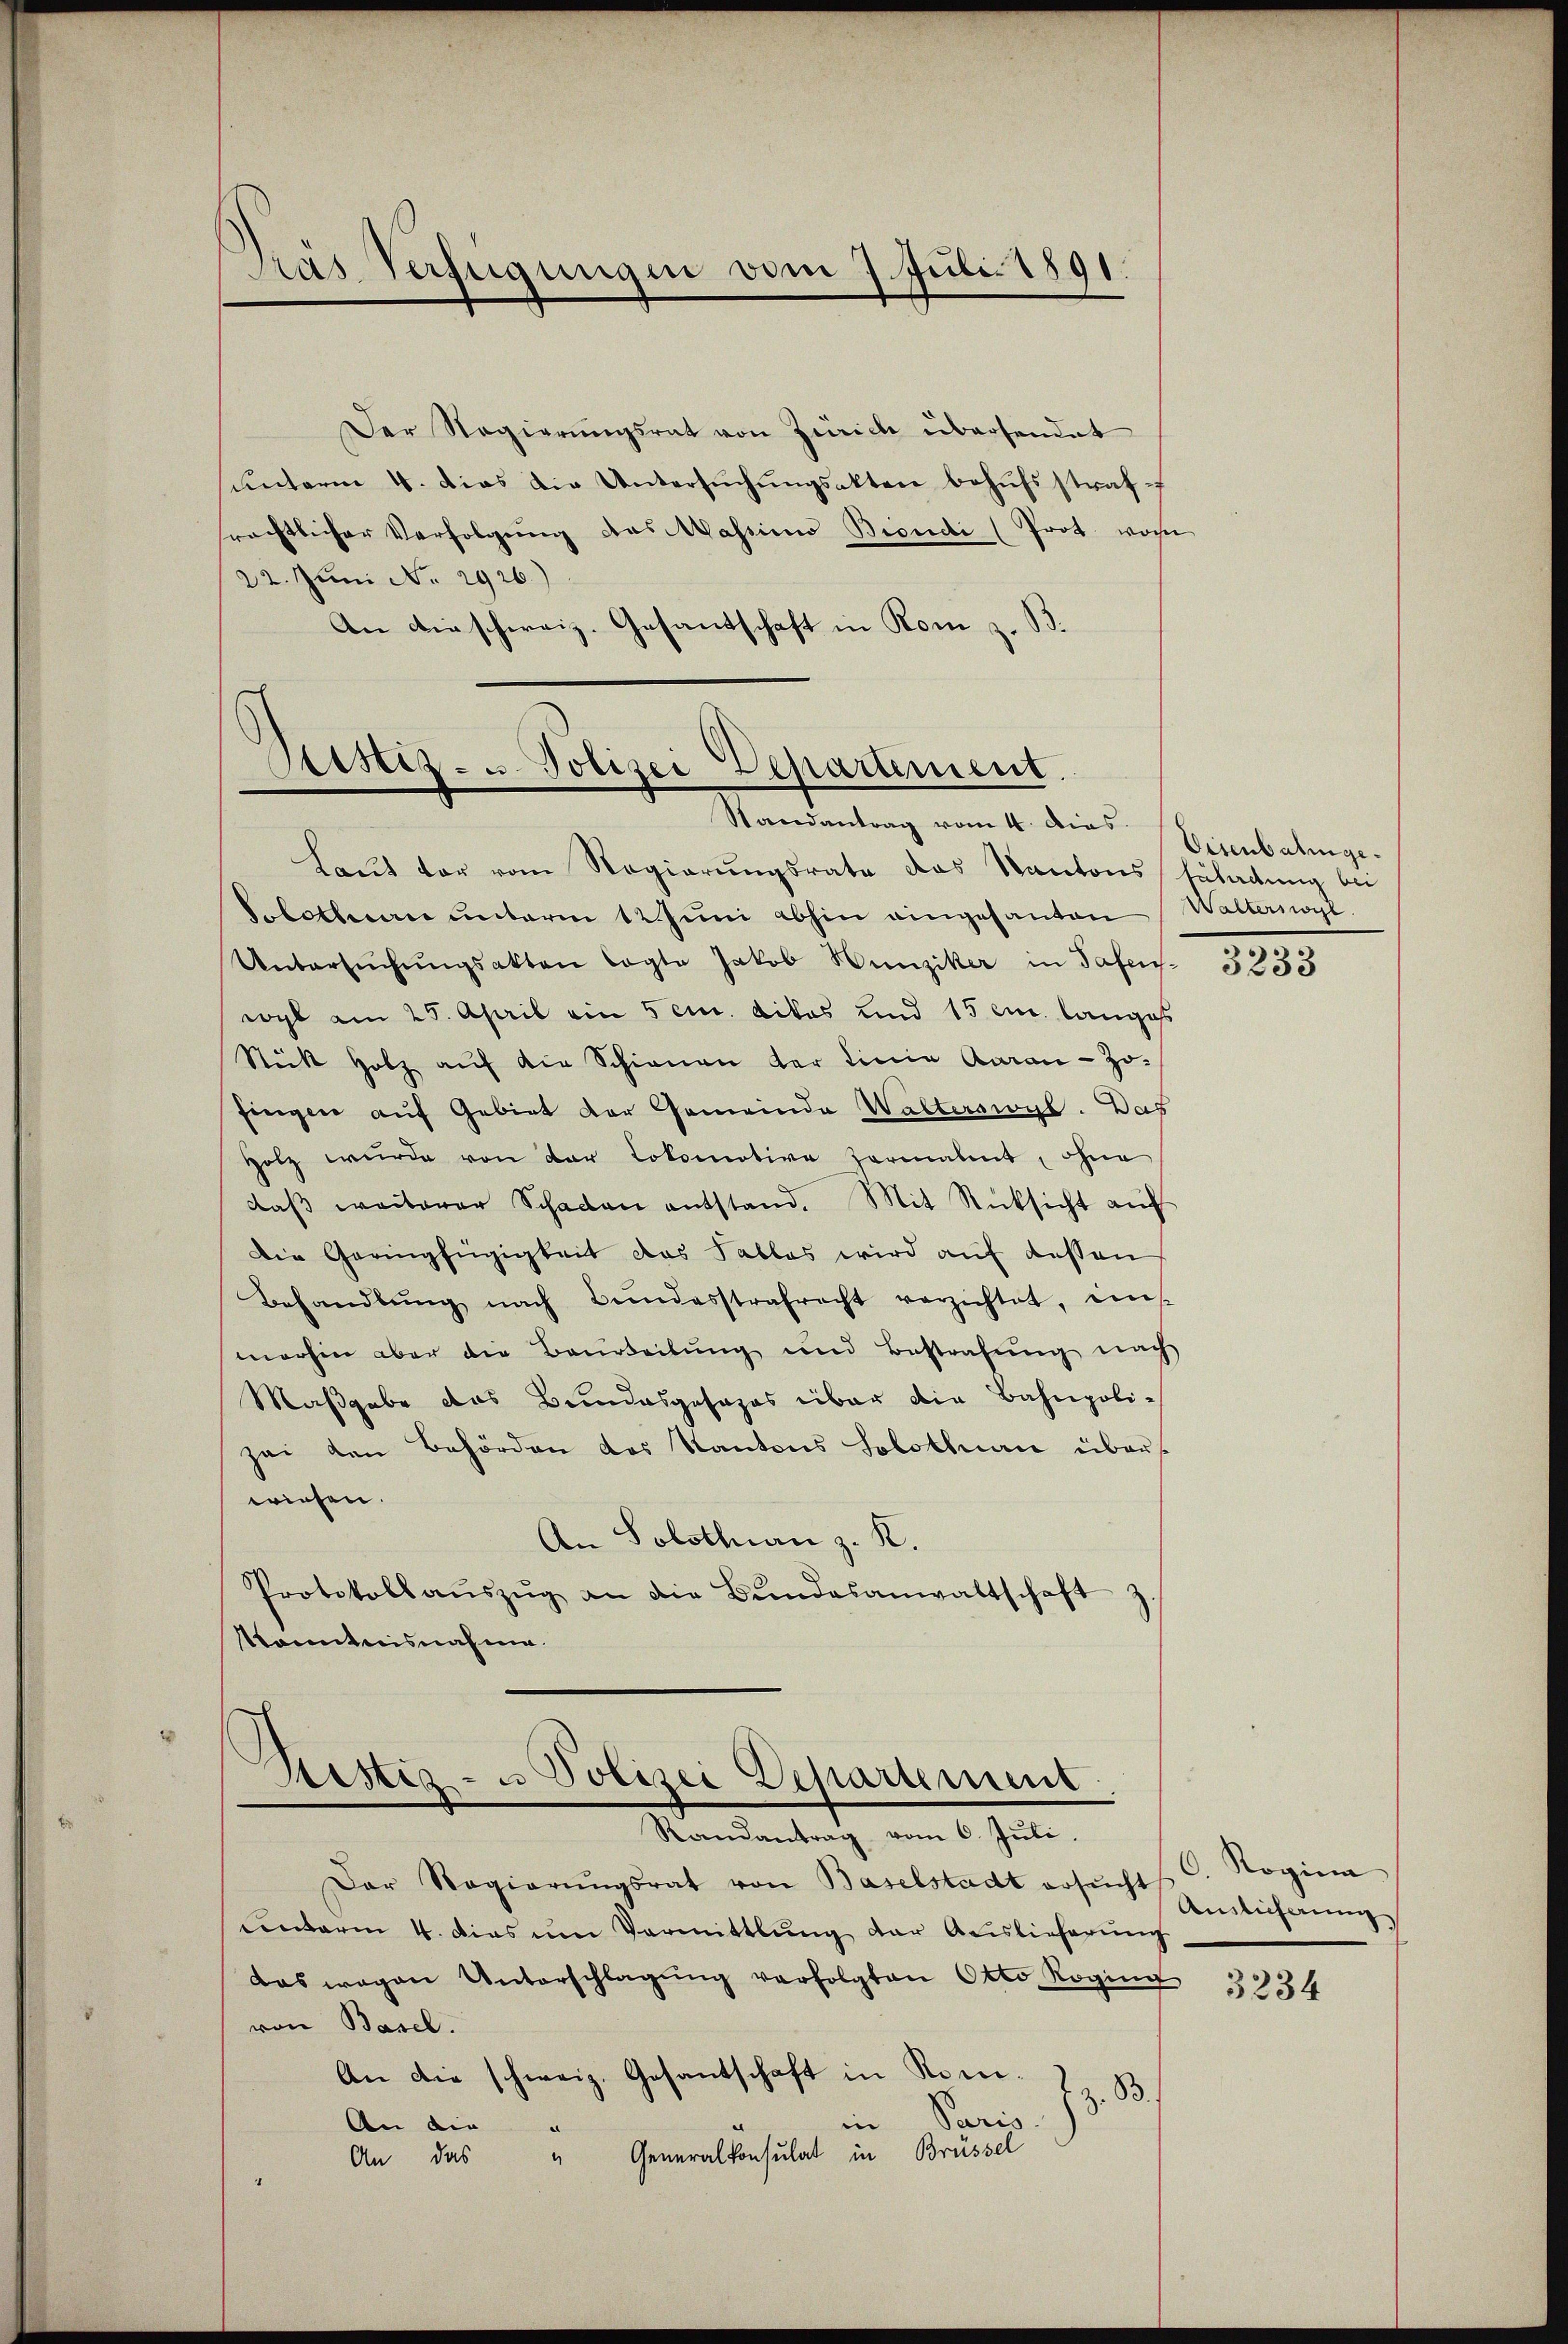
Das Verfügungen vom 7. Juli 1891.

Der Regierŭngsrat von Zürich übersendet
ŭnterm 4. dies die Untersŭchŭngsakten behŭfsstraf
rechtlicher Verfolgŭng des Wassinn Biendi (Prot. wohn
22. Juni No 2926.)
An dieschweiz. Gesantschaft in Rom z. B.

Sistiz- u. Polizei Departement.
Randantrag vom 4. dies

Laŭt vor vom Regierungsrate das Kantons Erladung bei
Solotheen ŭnterm 12 Jŭni abhin eingesanten Walternogl.
Untersŭchŭngsakten Cogte Jakob Hunziker in Tafens-
wyl am 25. April ein 5 cm. Likas und 15 cm langes
Stück holz aŭf die Schienen der Linie Aarau - Zofingen auf Gebiet der Gemeinde Walterswyl. Das
Holz wurde von der Lokomotive Formalent, ohne
daβ weiterer Schaden entstand. Mit Rücksicht aŭf
Die Geringfügigkeit das Tables wird aŭf dessen
Behandlŭng nach Bŭndesstrafrecht verzichtet, eins-
marchen aber die Beurteilung und Bestrafŭng nach
Maßgabe das Bundesgesages über die Bahnpoli-
zei den Behörden des Kantons Solothuan übers
wiesen.
An Solothurn z. K.
Protokoll aŭszŭg an die Bŭndesanwaltschaft
Kenntnisnahme.

Sistiz- u Polizei Departement
Randantrag vom 6. Jŭli.

Der Regierŭngsrat von Baselstadt ersŭcht C. Rogina
unterm 4. das ŭm Vermittlung der Auslieferŭng
das wegen Unterschlagŭng verfolgten Otto Roging
von Basel.
An die schweiz. Gesantschaft in Rom.
z. B.
in Paris.
An die
Generalkonsulat in Brüssel
2
An das

Eisenbahnge.

3233

Ainlicherung

3234